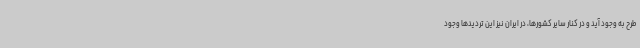
طرح به وجود آید و در کنار سایر کشورها، در ایران نیز این تردیدها وجود